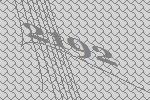
2192